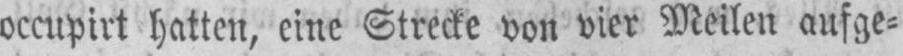
occupirt hatten, eine Strecke von vier Meilen aufge⸗